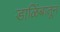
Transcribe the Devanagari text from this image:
डाळिंबातून